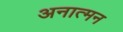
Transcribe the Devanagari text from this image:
अनात्मन